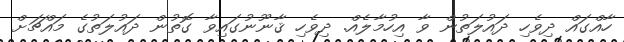
ހާއްގައް ދިވެހި ދައުލަތުން ވާ އިހުމާލެއް. ދިވެހި ޤާނޫނުގައިވާ ގޮތުން ދައުލަތުގެ މައްޗަށް